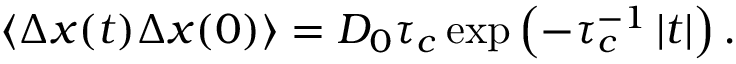
\left\langle \Delta \boldsymbol { x } ( t ) \Delta \boldsymbol { x } ( 0 ) \right\rangle = D _ { 0 } \boldsymbol { \tau } _ { c } \exp \left( - \boldsymbol { \tau } _ { c } ^ { - 1 } \left| t \right| \right) .